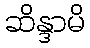
ဆိန္ဒာမိ